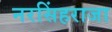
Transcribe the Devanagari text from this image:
नरसिंहराजा